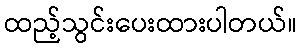
ထည့်သွင်းပေးထားပါတယ်။